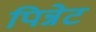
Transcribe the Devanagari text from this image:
पिन्नेट